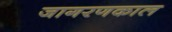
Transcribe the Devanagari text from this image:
जागरणकाल